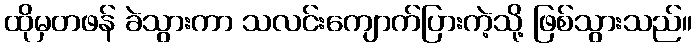
ထိုမှတဖန် ခဲသွားကာ သလင်းကျောက်ပြားကဲ့သို့ ဖြစ်သွားသည်။